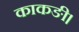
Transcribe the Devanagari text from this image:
काकङी।